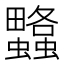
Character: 𧕌